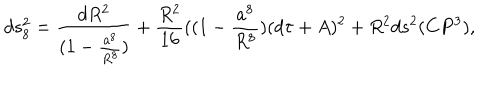
LaTeX: d s _ { 8 } ^ { 2 } = \frac { d R ^ { 2 } } { ( 1 - \frac { a ^ { 8 } } { R ^ { 8 } } ) } + \frac { R ^ { 2 } } { 1 6 } ( ( 1 - \frac { a ^ { 8 } } { R ^ { 8 } } ) ( d \tau + A ) ^ { 2 } + R ^ { 2 } d s ^ { 2 } ( C P ^ { 3 } ) ,